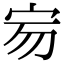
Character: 𡧤